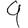
Digit: 9